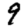
Digit: 9